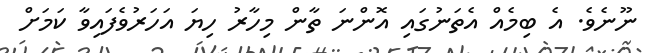
ނޫނެވެ. އެ ބިމެއް އެތަނުގައި އޮންނަ ތާން މިހާރު ހިޔަ އަހަރުވެފައިވާ ކަމަށް